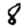
Digit: 8